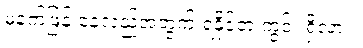
မနက်ဖြန် နေ့လည်အတွက် ရနိုင်တဲ့ ကွင်း ရှိလား။